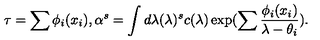
\tau = \sum \phi _ { i } ( x _ { i } ) , \alpha ^ { s } = \int d \lambda ( \lambda ) ^ { s } c ( \lambda ) \exp ( \sum \frac { \phi _ { i } ( x _ { i } ) } { \lambda - \theta _ { i } } ) .